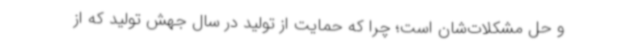
و حل مشکلات‌شان است؛ چرا که حمایت از تولید در سال جهش تولید که از